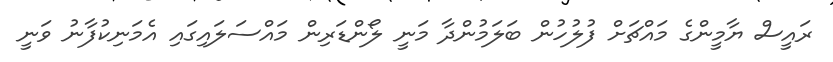
ރައީސް ޔާމީންގެ މައްޗަށް ފުލުހުން ބަލަމުންދާ މަނީ ލޯންޑަރިން މައްސަލައިގައި އެމަނިކުފާނު ވަނީ